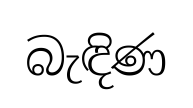
බැඳිණ